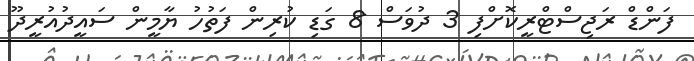
ފަންޑް ރަޖިސްޓްރީކޮށްފި 3 ދުވަސް 8 ގަޑި ކުރިން ފަތުހު ޔާމީން ސައީދުއުރީދޫ